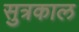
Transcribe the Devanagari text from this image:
सुत्रकाल